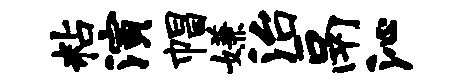
粘演帽嫌治鬲沁